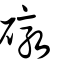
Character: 礅